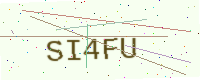
Text: SI4FU